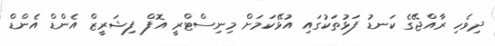
ދިވެހި ރާއްޖޭގެ ކަނޑު ފަޅުތަކުގައި އުޅޭކަމަށް މިނިސްޓްރީ އޮފް ފިޝަރީޒް އެންޑް އެންޑް